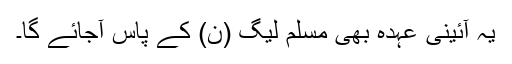
یہ آئینی عہدہ بھی مسلم لیگ (ن) کے پاس آجائے گا۔